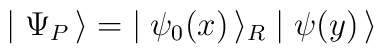
\mid \Psi_P\, \rangle = \; \mid \psi_0(x) \, \rangle_R \mid \psi(y) \, \rangle